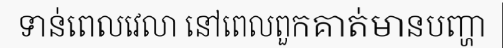
ទាន់ពេលវេលា នៅពេលពួកគាត់មានបញ្ហា